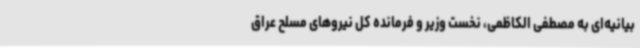
بیانیه‌ای به مصطفی الکاظمی، نخست وزیر و فرمانده کل نیروهای مسلح عراق